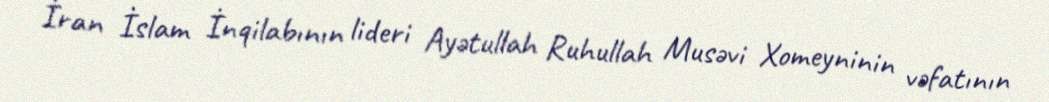
İran İslam İnqilabının lideri Ayətullah Ruhullah Musəvi Xomeyninin vəfatının